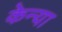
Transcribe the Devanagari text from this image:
केन्‍या